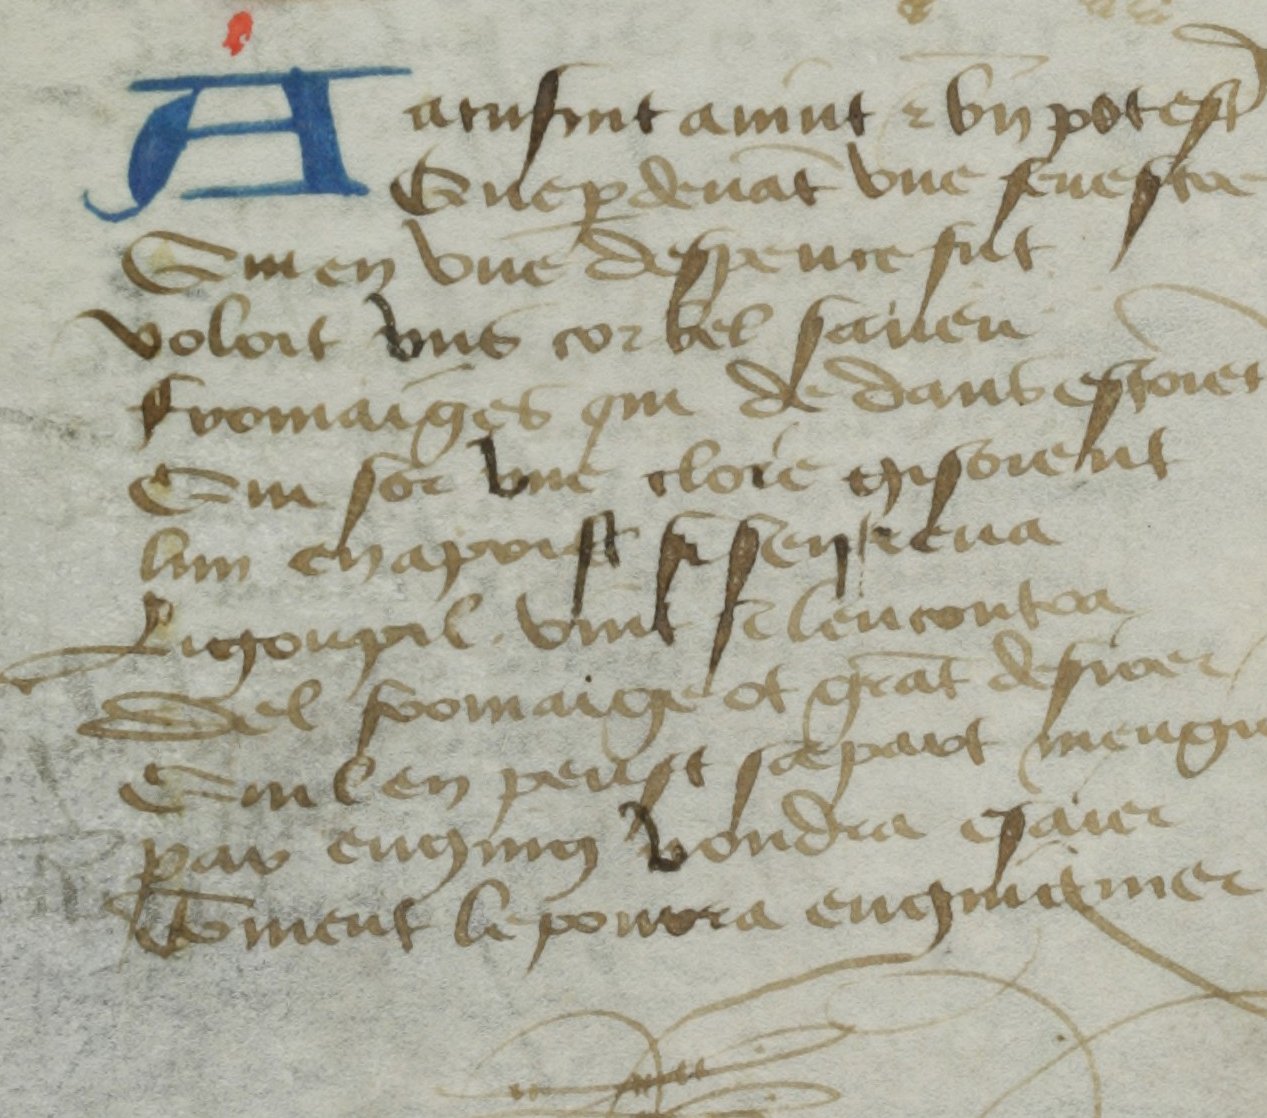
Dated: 1400–1499